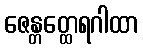
ဇေန္တတ္ထေရဂါထာ